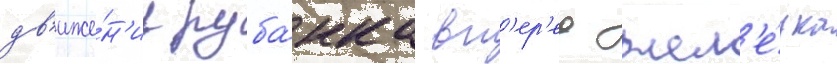
дв'иже́н'ии руба́нка вп'ер'ед жел'е́зка